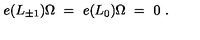
e ( L _ { \pm 1 } ) \Omega \ = \ e ( L _ { 0 } ) \Omega \ = \ 0 \ .